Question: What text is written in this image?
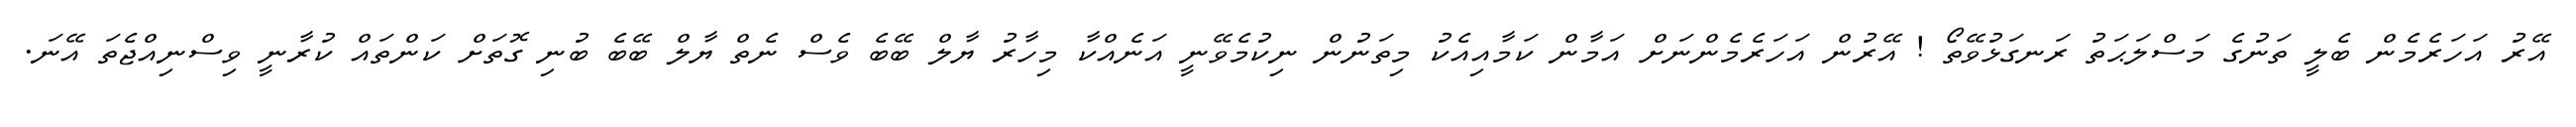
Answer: އޭރު އަހަރެމެން ބެލީ ތަނުގެ މަސްލަޙަތު ރަނގަޅުވޭތޯ ! އޭރުން އަހަރެމެންނަށް އަމާން ކަމާއިއެކު މިތަނުން ނިކުމެވޭނީ އަނެއްކާ މިހާރު ޔާލް ބޭބެ ވެސް ނެތް ޔާލް ބޭބެ ބުނި ގޮތަށް ކަންތައް ކުރާނީ ވިސްނިއްޖެތަ އޭނަ.